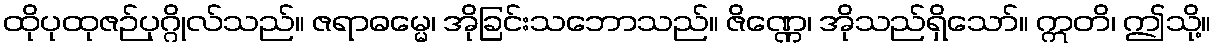
ထိုပုထုဇဉ်ပုဂ္ဂိုလ်သည်။ ဇရာဓမ္မေ၊ အိုခြင်းသဘောသည်။ ဇိဏ္ဏေ၊ အိုသည်ရှိသော်။ ဣတိ၊ ဤသို့။